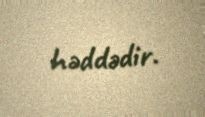
həddədir.